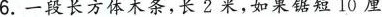
6.一段长方体木条，长2米，如果锯短10厘